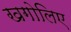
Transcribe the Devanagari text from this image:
खगोलिए